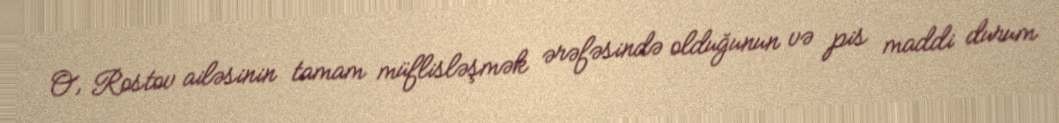
O, Rostov ailəsinin tamam müflisləşmək ərəfəsində olduğunun və pis maddi durum